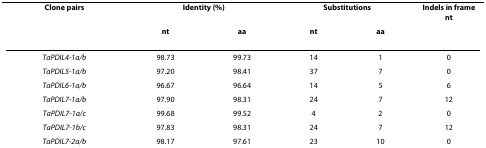
<table><thead><tr><td><b>Clone pairs</b></td><td colspan="2"><b>Identity (%)</b></td><td colspan="2"><b>Substitutions</b></td><td><b>Indels in frament</b></td></tr><tr><td>[EMPTY_CELL]</td><td><b>nt</b></td><td><b>aa</b></td><td><b>nt</b></td><td><b>aa</b></td><td>[EMPTY_CELL]</td></tr></thead><tbody><tr><td><i>TaPDIL4-1a/b</i></td><td>98.73</td><td>99.73</td><td>14</td><td>1</td><td>0</td></tr><tr><td><i>TaPDIL5-1a/b</i></td><td>97.20</td><td>98.41</td><td>37</td><td>7</td><td>0</td></tr><tr><td><i>TaPDIL6-1a/b</i></td><td>96.67</td><td>96.64</td><td>14</td><td>5</td><td>6</td></tr><tr><td><i>TaPDIL7-1a/b</i></td><td>97.90</td><td>98.31</td><td>24</td><td>7</td><td>12</td></tr><tr><td><i>TaPDIL7-1a/c</i></td><td>99.68</td><td>99.52</td><td>4</td><td>2</td><td>0</td></tr><tr><td><i>TaPDIL7-1b/c</i></td><td>97.83</td><td>98.31</td><td>24</td><td>7</td><td>12</td></tr><tr><td><i>TaPDIL7-2a/b</i></td><td>98.17</td><td>97.61</td><td>23</td><td>10</td><td>0</td></tr></tbody></table>